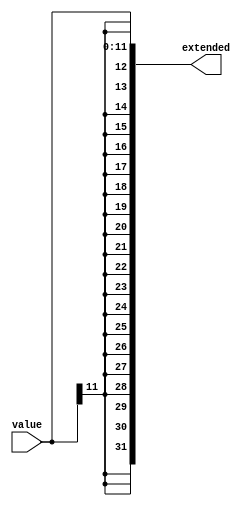
`timescale 1ns / 1ps
//////////////////////////////////////////////////////////////////////////////////
// Company: 
// Engineer: 
// 
// Design Name: 
// Module Name: sign_extender
// Project Name: 
// Target Devices: 
// Tool Versions: 
// Description: 
// 
// Dependencies: 
// 
// Revision:
// Revision 0.01 - File Created
// Additional Comments:
// 
//////////////////////////////////////////////////////////////////////////////////


module sign_extender(value, extended);
    parameter VLEN = 12;
    parameter XLEN = 32;
    
    input [VLEN - 1:0] value;
    output[XLEN - 1:0] extended;
    
    assign extended = {{XLEN - VLEN{value[VLEN - 1]}}, value};
endmodule